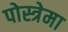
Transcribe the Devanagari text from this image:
पोस्त्रेमा